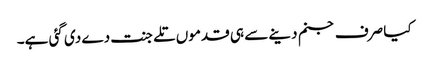
کیا صرف جنم دینے سے ہی قدموں تلے جنت دے دی گئی ہے۔